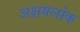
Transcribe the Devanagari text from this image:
अक्षयलोक